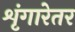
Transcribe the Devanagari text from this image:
शृंगारेतर